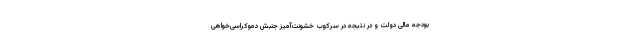
بودجه مالی دولت و در نتیجه در سرکوب خشونت‌آمیز جنبش دموکراسی‌خواهی